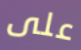
على